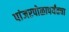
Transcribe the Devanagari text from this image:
पांजरपोळापर्यंतचा